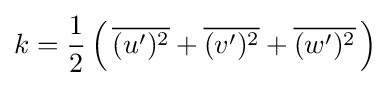
k={\frac {1}{2}}\left(\,{\overline {(u')^{2}}}+{\overline {(v')^{2}}}+{\overline {(w')^{2}}}\,\right)